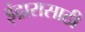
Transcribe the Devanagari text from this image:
इंद्रारासाठी